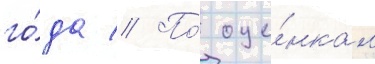
го́да // По́ оце́нкам